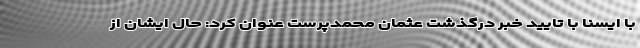
با ایسنا با تایید خبر درگذشت عثمان محمدپرست عنوان کرد: حال ایشان از